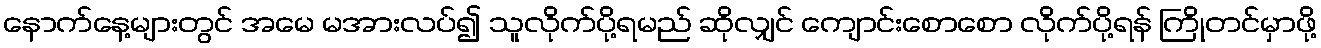
နောက်နေ့များတွင် အမေ မအားလပ်၍ သူလိုက်ပို့ရမည် ဆိုလျှင် ကျောင်းစောစော လိုက်ပို့ရန် ကြိုတင်မှာဖို့